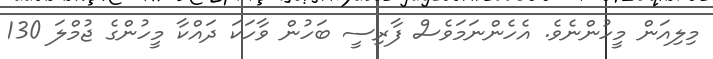
މިލިއަން މީހުންނެވެ. އެހެންނަމަވެސް ފާރިސީ ބަހުން ވާހަކަ ދައްކާ މީހުންގެ ޖުމްލަ 130